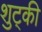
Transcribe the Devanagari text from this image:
शुट्की